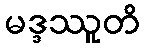
မဒ္ဒဿူတိ